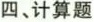
四、计算题